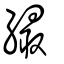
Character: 繓